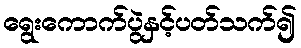
ရွေးကောက်ပွဲနှင့်ပတ်သက်၍